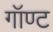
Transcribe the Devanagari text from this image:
गॉण्ट